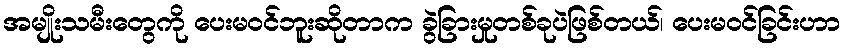
အမျိုးသမီးတွေကို ပေးမဝင်ဘူးဆိုတာက ခွဲခြားမှုတစ်ခုပဲဖြစ်တယ်၊ ပေးမဝင်ခြင်းဟာ